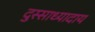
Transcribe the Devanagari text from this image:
दुस्साध्यादाय